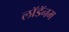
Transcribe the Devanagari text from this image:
लॉडॅनम